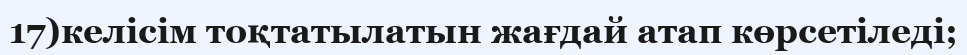
17)келісім тоқтатылатын жағдай атап көрсетіледі;